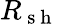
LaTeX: R_{\mathrm{~s~h~}}